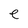
Character: e